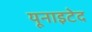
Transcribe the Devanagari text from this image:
यूनाइटेद